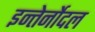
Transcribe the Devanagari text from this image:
इन्तेर्नोदल